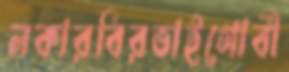
লকারবিরভাইগোবী